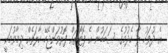
އެ ދުވަހު ލާ ހެދުމުގެ ސަބަބުން އެ ފޮޓޯތައް ފޮރުވަންޖެހޭ ހާލަތެއް ދިމާވުމަކީ